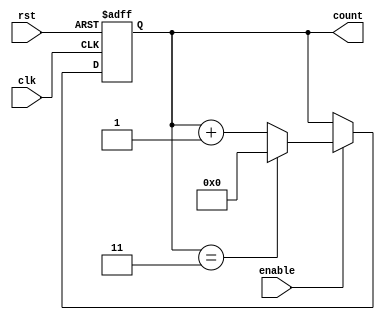
module ModuloN_Up_Counter(
    input wire clk, 
    input wire rst, 
    input wire enable, 
    output reg [N-1:0] count
);

parameter N = 4; // change value of N as desired

always @(posedge clk or posedge rst) begin
    if (rst) begin
        count <= 0;
    end else if (enable) begin
        if (count == N-1) begin
            count <= 0;
        end else begin
            count <= count + 1;
        end
    end
end

endmodule